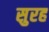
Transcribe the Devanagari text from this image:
सुरह